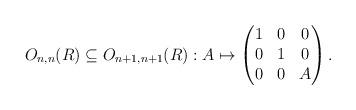
LaTeX: \begin{align*}O_{n,n}(R) \subseteq O_{n+1, n+1}(R) : A \mapsto \begin{pmatrix}1 & 0 & 0 \\0 & 1 & 0 \\0 & 0 & A\end{pmatrix}.\end{align*}